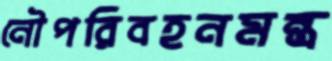
নৌপরিবহনমন্ত্র